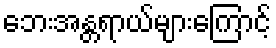
ဘေးအန္တရာယ်များကြောင့်